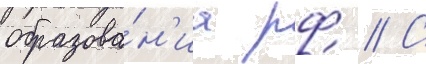
образова́н'иа рф // С